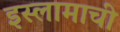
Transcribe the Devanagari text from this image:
इस्लामाची